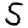
Digit: 5